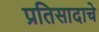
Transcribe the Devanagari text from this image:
प्रतिसादाचे